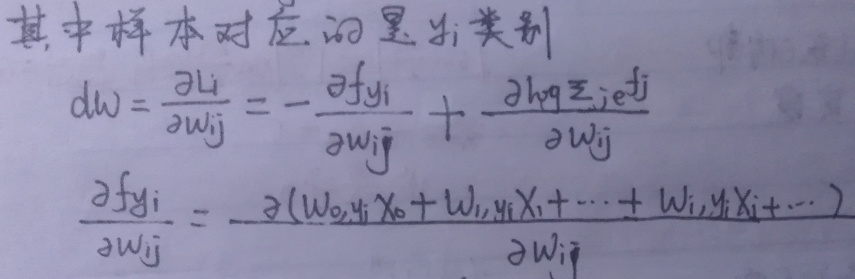
其中样本对应的是$y_i$类别
\[
dw = \frac{\partial L_i}{\partial w_{ij}} = -\frac{\partial f_{y_i}}{\partial w_{ij}}+\frac{\partial h_{y_i}\sum_{j \in J}f_j}{\partial w_{ij}}
\]
\[
\frac{\partial f_{y_i}}{\partial w_{ij}}=\frac{\partial (w_{0,y_i}x_0 + w_{1,y_i}x_1+\cdots + w_{i,y_i}x_i+\cdots)}{\partial w_{ij}}
\]